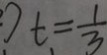
t = \frac { 1 } { 3 }